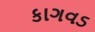
કાગવડ